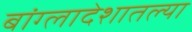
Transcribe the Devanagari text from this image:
बांग्लादेशातल्या